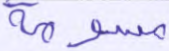
مسومة